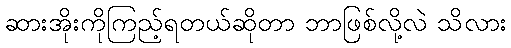
ဆားအိုးကိုကြည့်ရတယ်ဆိုတာ ဘာဖြစ်လို့လဲ သိလား